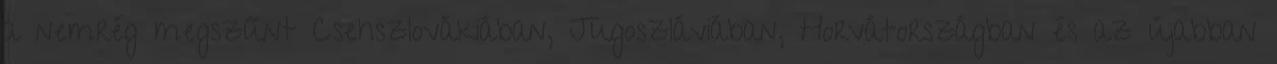
a nemrég megszűnt Csehszlovákiában, Jugoszláviában, Horvátországban és az újabban